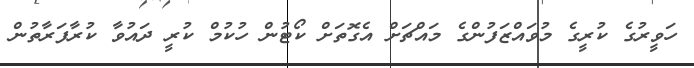
ހަވީރުގެ ކުރީގެ މުވައްޒަފުންގެ މައްޗަށް އެގޮތަށް ކޯޓުން ހުކުމް ކުރީ ދައުވާ ކުރާފަރާތުން